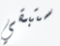
ستبقي